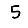
Digit: 5